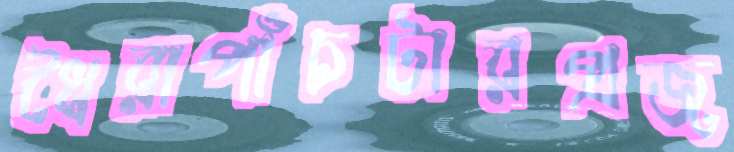
ধৈরাপাঁচটারপ্রজ